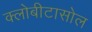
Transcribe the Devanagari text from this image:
क्लोबीटासोल